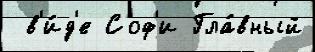
 в'и́д'е Соф'и Гла́вный